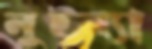
নুইন্যা